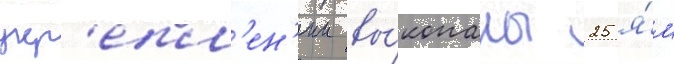
укр'епл'ен'ии вы́копаны 25 я́м